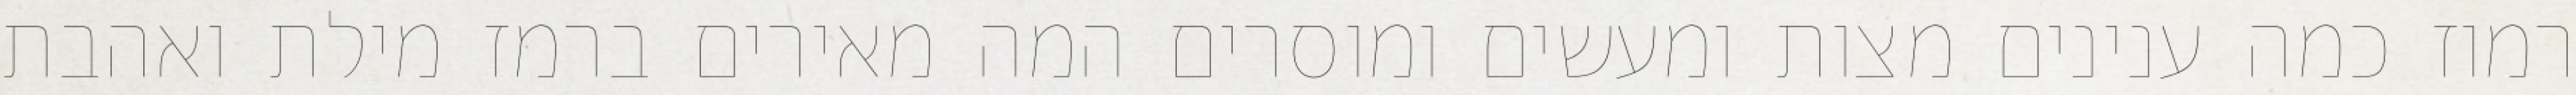
רמוז כמה ענינים מצות ומעשים ומוסרים המה מאירים ברמז מילת ואהבת